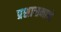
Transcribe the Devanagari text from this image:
प्रशासनाणे